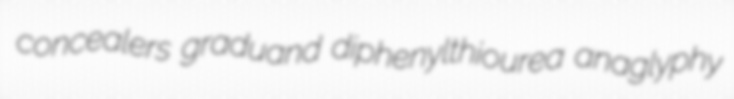
concealers graduand diphenylthiourea anaglyphy